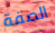
الصفة